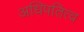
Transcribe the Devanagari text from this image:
अधिपतित्व